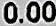
0.00